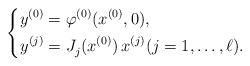
LaTeX: \begin{align*}\left\{ \begin{aligned} y^{(0)}&=\varphi^{(0)}(x^{(0)},0), \\ y^{(j)}&=J^{}_{j}(x^{(0)})\,x^{(j)} (j=1,\dots, \ell). \end{aligned} \right.\end{align*}